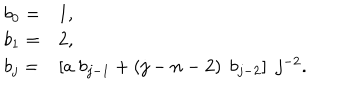
LaTeX: \begin{array} { l l } { { b _ { 0 } = } } & { { 1 , } } \\ { { b _ { 1 } = } } & { { 2 , } } \\ { { b _ { j } = } } & { { \left[ a \; b _ { j - 1 } + \left( j - n - 2 \right) \; b _ { j - 2 } \right] \; j ^ { - 2 } . } } \\ \end{array}